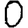
Digit: 0